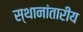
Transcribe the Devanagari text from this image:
स्थानांतारीय